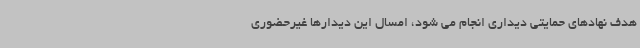
هدف نهادهای حمایتی دیداری انجام می شود، امسال این دیدارها غیرحضوری